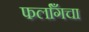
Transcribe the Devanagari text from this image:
फर्लाँगचा